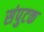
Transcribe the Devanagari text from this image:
संपुटक